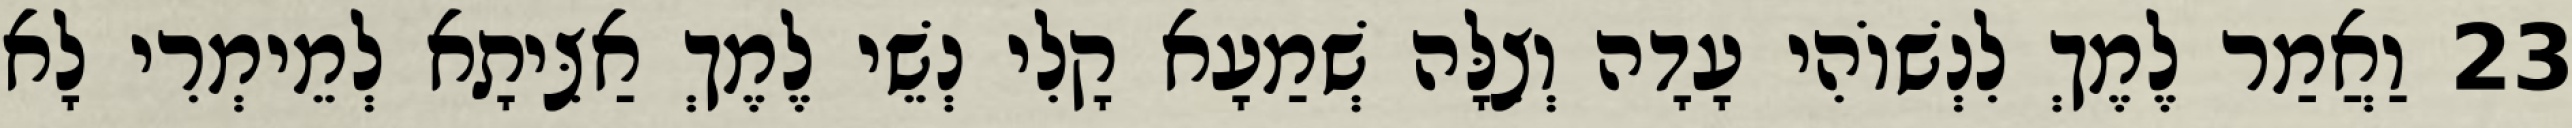
23 וַאֲמַר לֶמֶךְ לִנְשׁוֹהִי עָדָה וְצִלָּה שְׁמַעָא קָלִי נְשֵׁי לֶמֶךְ אַצִּיתָא לְמֵימְרִי לָא